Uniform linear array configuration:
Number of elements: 8
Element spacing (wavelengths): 0.75
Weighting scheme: binomial
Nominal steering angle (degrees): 30
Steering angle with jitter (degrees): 30.87
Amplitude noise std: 0.05
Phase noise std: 0.05

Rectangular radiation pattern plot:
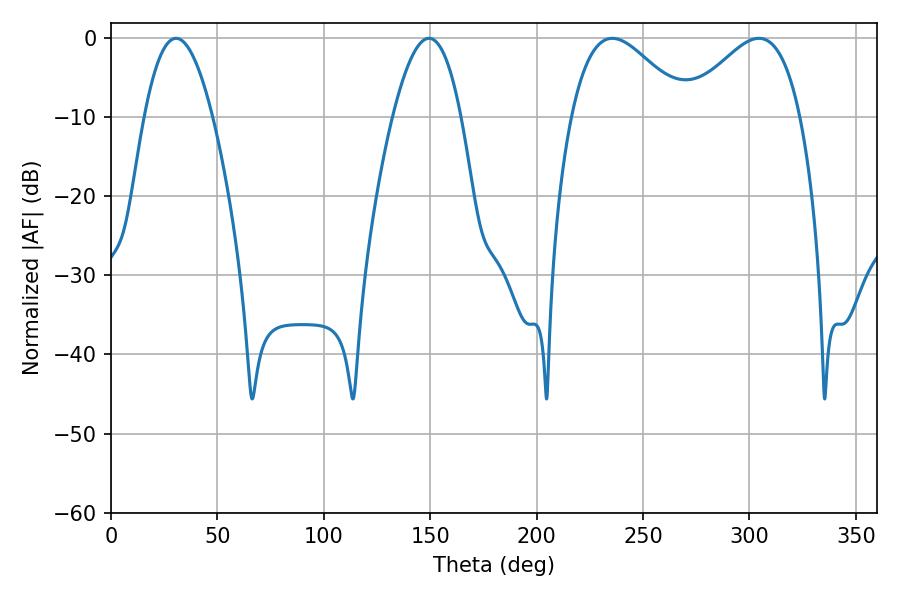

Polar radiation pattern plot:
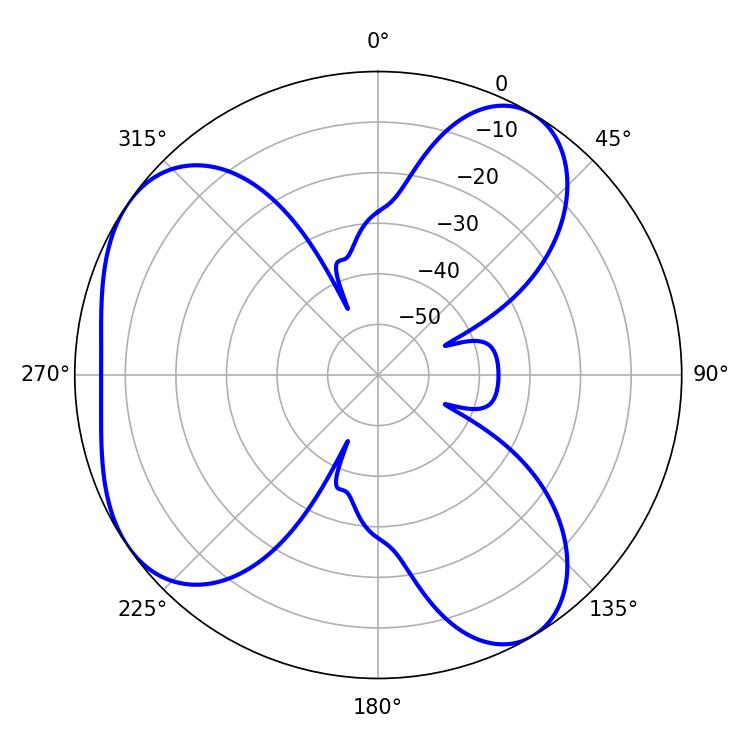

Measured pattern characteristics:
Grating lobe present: TRUE
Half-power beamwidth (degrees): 17.46
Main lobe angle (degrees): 30.6